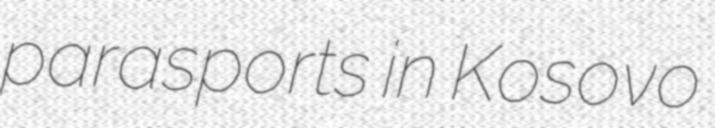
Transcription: parasports in Kosovo